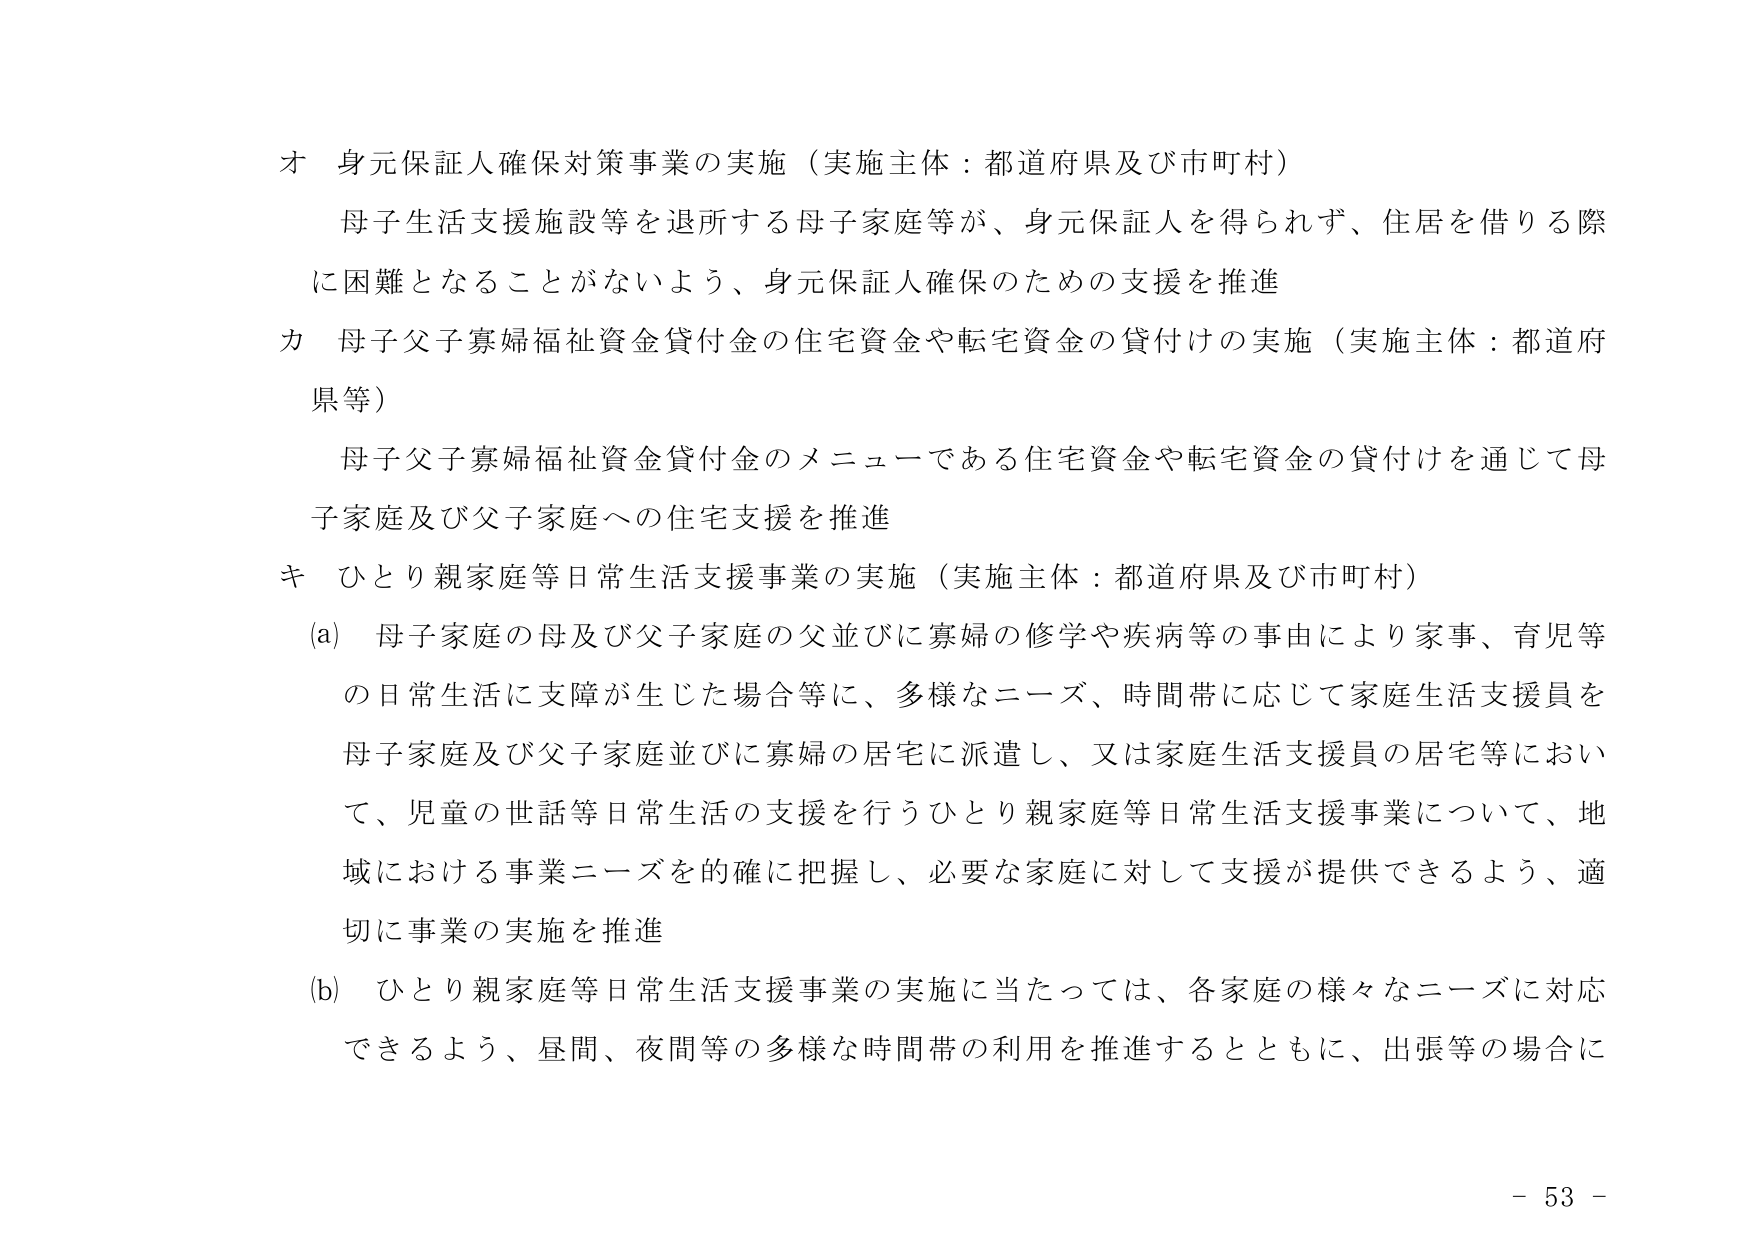
オ 身元保証人確保対策事業の実施（実施主体：都道府県及び市町村）
母子生活支援施設等を退所する母子家庭等が、身元保証人を得られず、住居を借りる際に困難となることがないよう、身元保証人確保のための支援を推進

カ 母子父子寡婦福祉資金貸付金の住宅資金や転宅資金の貸付けの実施（実施主体：都道府県等）
母子父子寡婦福祉資金貸付金のメニューである住宅資金や転宅資金の貸付けを通じて母子家庭及び父子家庭への住宅支援を推進

キ ひとり親家庭等日常生活支援事業の実施（実施主体：都道府県及び市町村）
(a) 母子家庭の母及び父子家庭の父並びに寡婦の修学や疾病等の事由により家事、育児等の日常生活に支障が生じた場合等に、多様なニーズ、時間帯に応じて家庭生活支援員を母子家庭及び父子家庭並びに寡婦の居宅に派遣し、又は家庭生活支援員の居宅等において、児童の世話等日常生活の支援を行うひとり親家庭等日常生活支援事業について、地域における事業ニーズを的確に把握し、必要な家庭に対して支援が提供できるよう、適切に事業の実施を推進

(b) ひとり親家庭等日常生活支援事業の実施に当たっては、各家庭の様々なニーズに対応できるよう、昼間、夜間等の多様な時間帯の利用を推進するとともに、出張等の場合に

- 53 -